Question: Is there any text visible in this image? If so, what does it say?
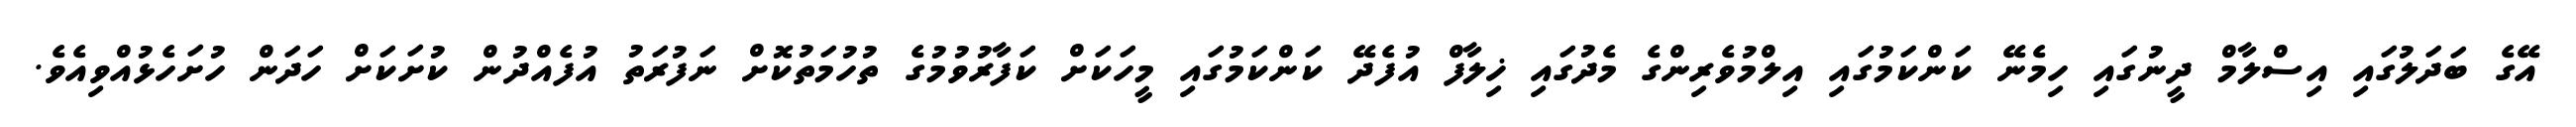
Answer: އޭގެ ބަދަލުގައި އިސްލާމް ދީނުގައި ހިމެނޭ ކަންކަމުގައި އިލްމުވެރިންގެ މެދުގައި ޚިލާފް އުފެދޭ ކަންކަމުގައި މީހަކަށް ކަފާރުވުމުގެ ތުހުމަތުކޮށް ނަފުރަތު އުފެއްދުން ކުށަކަށް ހަދަން ހުށަހެޅުއްވިއެވެ.